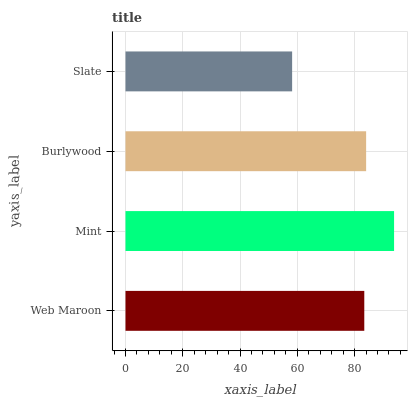
| yaxis_label | bars |
 | --- | --- |
 | Web Maroon | 83.4 |
 | Mint | 93.8 |
 | Burlywood | 84 |
 | Slate | 58.2 |